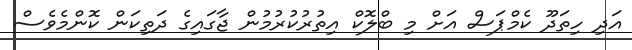
އަދި ހިތަދޫ ކެމްޕަސް އަށް މި ބްލޮކް އިތުރުކުރުމުން ޖާގައިގެ ދަތިކަން ކޮންމެވެސް